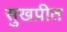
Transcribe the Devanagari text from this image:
सुखप्रीत